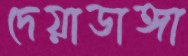
দেয়াডাঙ্গা